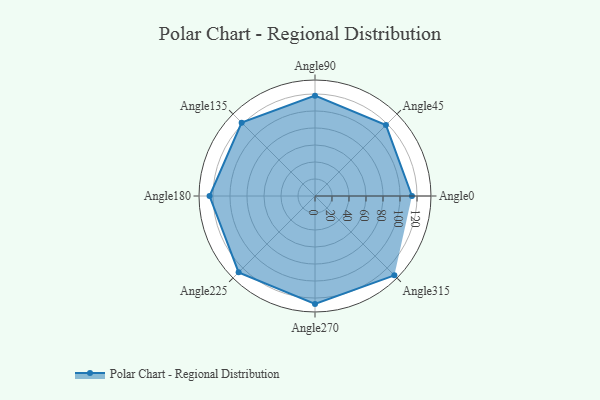
{"axis": {"x": "Angle", "y": "Radius"}, "legend": [""], "data": [{"x": "Angle0", "y": 114.0, "type": ""}, {"x": "Angle45", "y": 118.0, "type": ""}, {"x": "Angle90", "y": 118.0, "type": ""}, {"x": "Angle135", "y": 122.0, "type": ""}, {"x": "Angle180", "y": 124.0, "type": ""}, {"x": "Angle225", "y": 127.0, "type": ""}, {"x": "Angle270", "y": 127.0, "type": ""}, {"x": "Angle315", "y": 132.0, "type": ""}]}